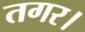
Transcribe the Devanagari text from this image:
तगर।